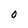
Character: O